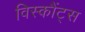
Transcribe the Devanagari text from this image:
विस्कौंट्स